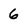
Character: 6